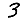
Digit: 3